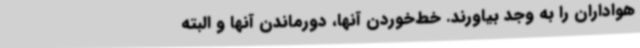
هواداران را به وجد بیاورند. خط‌خوردن آنها، دورماندن آنها و البته